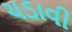
ચડાવી